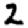
Digit: 2